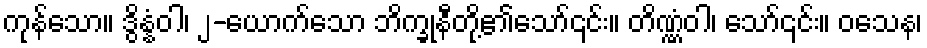
ကုန်သော။ ဒွိန္နံဝါ၊ ၂-ယောက်သော ဘိက္ခုနီတို့၏သော်၎င်း။ တိဏ္ဏံဝါ၊ သော်၎င်း။ ဝသေန၊